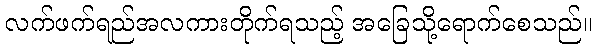
လက်ဖက်ရည်အလကားတိုက်ရသည့် အခြေသို့ရောက်စေသည်။